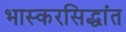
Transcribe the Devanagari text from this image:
भास्करसिद्धांत